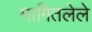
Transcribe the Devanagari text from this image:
मागितलेले